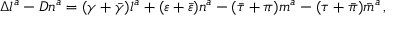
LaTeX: \Delta l ^ { a } - D n ^ { a } = ( \gamma + { \bar { \gamma } } ) l ^ { a } + ( \varepsilon + { \bar { \varepsilon } } ) n ^ { a } - ( { \bar { \tau } } + \pi ) m ^ { a } - ( \tau + { \bar { \pi } } ) { \bar { m } } ^ { a } \, ,